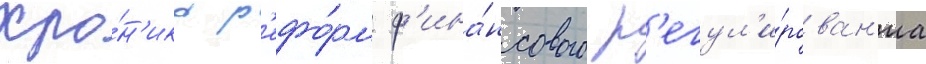
Хро́н'ика р'ефо́рм ф'ина́нсового р'егул'и́рован'иа